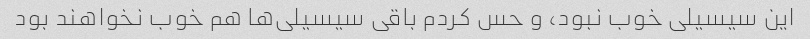
این سیسیلی خوب نبود، و حس کردم باقی سیسیلی‌ها هم خوب نخواهند بود